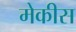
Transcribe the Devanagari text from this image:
मेकीस